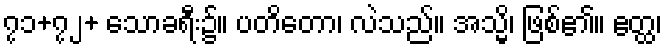
၇၁+၇၂+ သောခရီး၌။ ပတိတော၊ လဲသည်။ အသ္မိ၊ ဖြစ်၏။ ဧတ္ထ၊